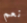
نعم